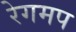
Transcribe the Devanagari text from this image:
रेगमप